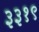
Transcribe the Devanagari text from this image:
३३१९